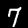
Digit: 7